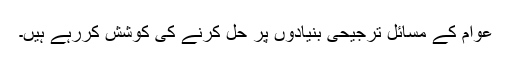
عوام کے مسائل ترجیحی بنیادوں پر حل کرنے کی کوشش کررہے ہیں۔